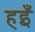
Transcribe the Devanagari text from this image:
हइँ